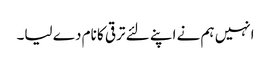
انہیں ہم نے اپنے لئے ترقی کا نام دے لیا۔